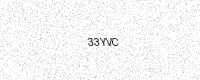
Text: 33YVC